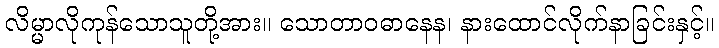
လိမ္မာလိုကုန်သောသူတို့အား။ သောတာဝဓာနေန၊ နားထောင်လိုက်နာခြင်းနှင့်။